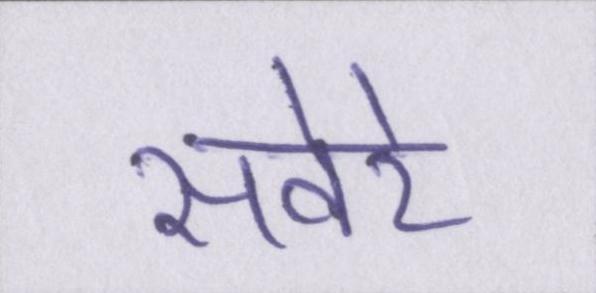
सवेरे